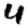
Digit: 4